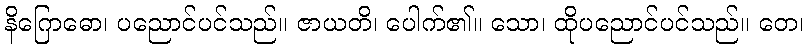
နိဂြောဓော၊ ပညောင်ပင်သည်။ ဇာယတိ၊ ပေါက်၏။ သော၊ ထိုပညောင်ပင်သည်။ တေ၊